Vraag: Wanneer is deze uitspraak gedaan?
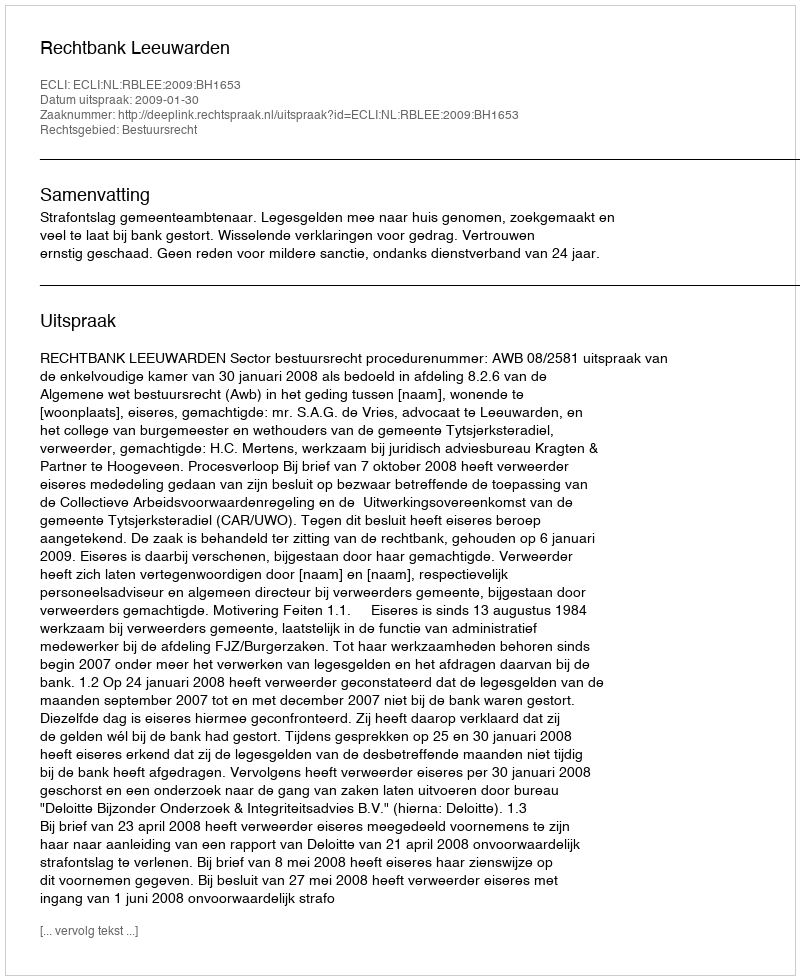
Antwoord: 2009-01-30